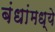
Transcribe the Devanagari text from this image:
बंधांमध्ये